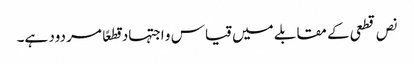
نص قطعی کے مقابلے میں قیاس و اجتہاد قطعًا مردود ہے۔